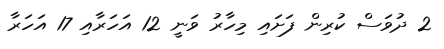
2 ދުވަސް ކުރިން ފަށައި މިހާރު ވަނީ 12 އަހަރާއި 17 އަހަރާ